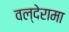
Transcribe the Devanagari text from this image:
वल्देरामा